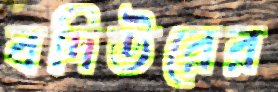
বদিউরের